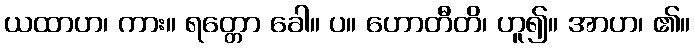
ယထာဟ၊ ကား။ ရတ္တော ခေါ။ ပ။ ဟောတီတိ၊ ဟူ၍။ အာဟ၊ ၏။